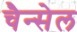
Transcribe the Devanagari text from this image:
चैन्सेल